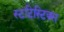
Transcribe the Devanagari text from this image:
स्टटिस्टिक्स